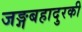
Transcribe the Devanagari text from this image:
जङ्गबहादुरकी